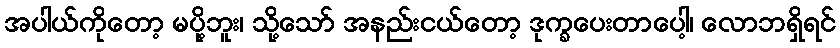
အပါယ်ကိုတော့ မပို့ဘူး၊ သို့သော် အနည်းငယ်တော့ ဒုက္ခပေးတာပေါ့၊ လောဘရှိရင်